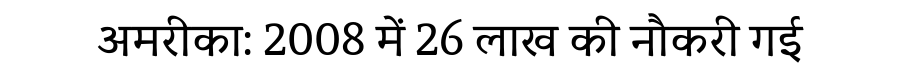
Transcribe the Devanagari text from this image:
अमरीका: 2008 में 26 लाख की नौकरी गई